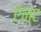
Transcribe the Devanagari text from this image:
ऐन्ट